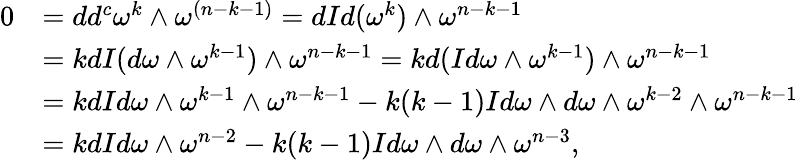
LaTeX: \begin{array}{rl}{0}&{=dd^{c}\omega^{k}\wedge\omega^{(n-k-1)}=dId(\omega^{k})\wedge\omega^{n-k-1}}\\ &{=kdI(d\omega\wedge\omega^{k-1})\wedge\omega^{n-k-1}=kd(Id\omega\wedge\omega^{k-1})\wedge\omega^{n-k-1}}\\ &{=kdId\omega\wedge\omega^{k-1}\wedge\omega^{n-k-1}-k(k-1)Id\omega\wedge d\omega\wedge\omega^{k-2}\wedge\omega^{n-k-1}}\\ &{=kdId\omega\wedge\omega^{n-2}-k(k-1)Id\omega\wedge d\omega\wedge\omega^{n-3},}\end{array}